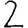
Digit: 2